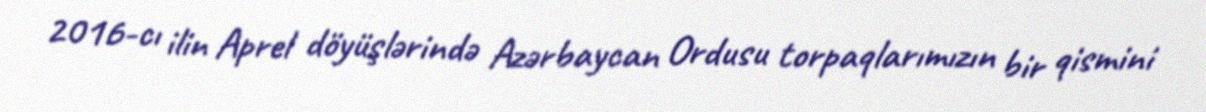
2016-cı ilin Aprel döyüşlərində Azərbaycan Ordusu torpaqlarımızın bir qismini